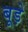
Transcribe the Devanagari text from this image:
बूड़े